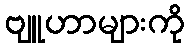
ဗျူဟာများကို